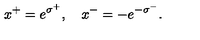
x ^ { + } = e ^ { \sigma ^ { + } } , \quad x ^ { - } = - e ^ { - \sigma ^ { - } } .